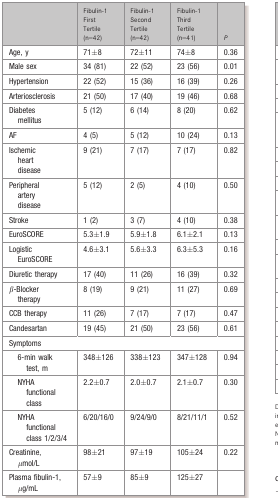
<table><thead><tr><td></td><td><b>Fibulin-1 First Tertile (n=42)</b></td><td><b>Fibulin-1 Second Tertile (n=42)</b></td><td><b>Fibulin-1 Third Tertile (n=41)</b></td><td><b><i>P</i></b></td></tr></thead><tbody><tr><td>Age, y</td><td>71±8</td><td>72±11</td><td>74±8</td><td>0.36</td></tr><tr><td>Male sex</td><td>34 (81)</td><td>22 (52)</td><td>23 (56)</td><td>0.01</td></tr><tr><td>Hypertension</td><td>22 (52)</td><td>15 (36)</td><td>16 (39)</td><td>0.26</td></tr><tr><td>Arteriosclerosis</td><td>21 (50)</td><td>17 (40)</td><td>19 (46)</td><td>0.68</td></tr><tr><td>Diabetes mellitus</td><td>5 (12)</td><td>6 (14)</td><td>8 (20)</td><td>0.62</td></tr><tr><td>AF</td><td>4 (5)</td><td>5 (12)</td><td>10 (24)</td><td>0.13</td></tr><tr><td>Ischemic heart disease</td><td>9 (21)</td><td>7 (17)</td><td>7 (17)</td><td>0.82</td></tr><tr><td>Peripheral artery disease</td><td>5 (12)</td><td>2 (5)</td><td>4 (10)</td><td>0.50</td></tr><tr><td>Stroke</td><td>1 (2)</td><td>3 (7)</td><td>4 (10)</td><td>0.38</td></tr><tr><td>EuroSCORE</td><td>5.3±1.9</td><td>5.9±1.8</td><td>6.1±2.1</td><td>0.13</td></tr><tr><td>Logistic EuroSCORE</td><td>4.6±3.1</td><td>5.6±3.3</td><td>6.3±5.3</td><td>0.16</td></tr><tr><td>Diuretic therapy</td><td>17 (40)</td><td>11 (26)</td><td>16 (39)</td><td>0.32</td></tr><tr><td>β-Blocker therapy</td><td>8 (19)</td><td>9 (21)</td><td>11 (27)</td><td>0.69</td></tr><tr><td>CCB therapy</td><td>11 (26)</td><td>7 (17)</td><td>7 (17)</td><td>0.47</td></tr><tr><td>Candesartan</td><td>19 (45)</td><td>21 (50)</td><td>23 (56)</td><td>0.61</td></tr><tr><td colspan="5">Symptoms</td></tr><tr><td> 6-min walk test, m</td><td>348±126</td><td>338±123</td><td>347±128</td><td>0.94</td></tr><tr><td> NYHA functional class</td><td>2.2±0.7</td><td>2.0±0.7</td><td>2.1±0.7</td><td>0.30</td></tr><tr><td> NYHA functional class 1/2/3/4</td><td>6/20/16/0</td><td>9/24/9/0</td><td>8/21/11/1</td><td>0.52</td></tr><tr><td>Creatinine, μmol/L</td><td>98±21</td><td>97±19</td><td>105±24</td><td>0.22</td></tr><tr><td>Plasma fibulin-1, μg/mL</td><td>57±9</td><td>85±9</td><td>125±27</td><td></td></tr></tbody></table>